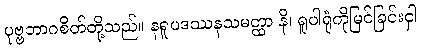
ပုဗ္ဗဘာဂစိတ်တို့သည်။ နရူပဒဿနသမတ္ထာ နိ၊ ရူပါရုံကိုမြင်ခြင်းငှါ